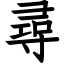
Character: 尋